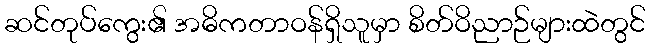
ဆင်တုပ်ကွေး၏ အဓိကတာဝန်ရှိသူမှာ စိတ်ဝိညာဉ်များထဲတွင်